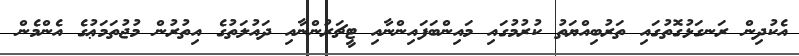
އެކުދިން ރަނގަޅުގޮތުގައި ތަރުބިއްޔަތު ކުރުމުގައި މައިންބަފައިންނާއި ޓީޗަރުންނާއި ދައުލަތުގެ އިތުރުން މުޖުތަމަޢުގެ އެންމެން